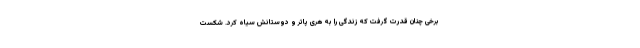
برخی چنان قدرت گرفت که زندگی را به هری پاتر و دوستانش سیاه کرد. شکست